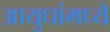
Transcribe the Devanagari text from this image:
आयुधांमध्ये